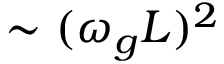
\sim ( \omega _ { g } L ) ^ { 2 }